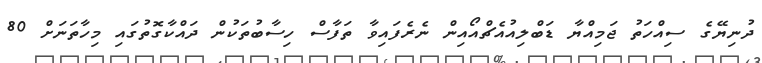
ދުނިޔޭގެ ސިއްހަތު ޖަމިއްޔާ ޑަބްލިއުއެޗްއޯއިން ނެރެފައިވާ ތަފާސް ހިސާބުތަކުން ދައްކާގޮތުގައި މިހާތަނަށް 80